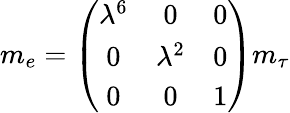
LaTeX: m_{e}=\left(\begin{array}{ccc}{{\lambda^{6}}}&{{0}}&{{0}}\\ {{0}}&{{\lambda^{2}}}&{{0}}\\ {{0}}&{{0}}&{{1}}\end{array}\right)m_{\tau}